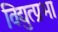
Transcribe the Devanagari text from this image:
विद्युत्प्रभा